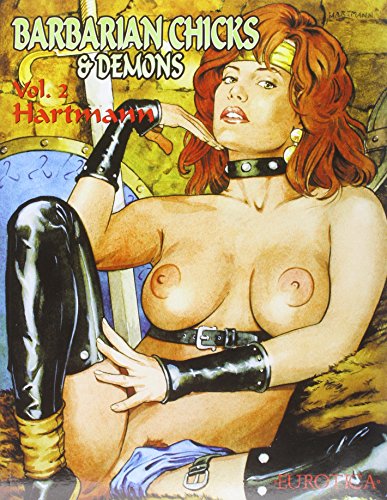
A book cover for Barbarian Chicks & Demons Vol. 2; Hartmann; Comics & Graphic Novels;